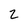
Character: 2